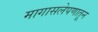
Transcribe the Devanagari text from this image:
मागासलेपणातून